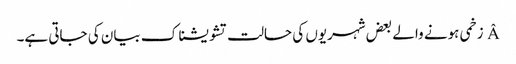
Â زخمی ہونے والے بعض شہریوں کی حالت تشویشناک بیان کی جاتی ہے۔